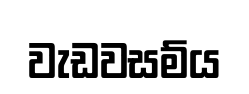
වැඩවසම්ය